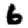
Digit: 6